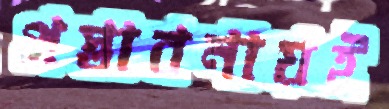
প্রস্তাবনায়ই